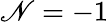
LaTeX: \mathscr{N}=-1